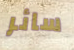
سائر